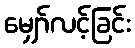
မျှော်လင့်ခြင်း